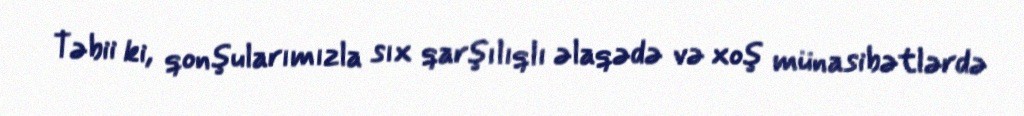
Təbii ki, qonşularımızla sıx qarşılıqlı əlaqədə və xoş münasibətlərdə